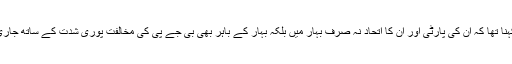
لالو یادو کا کہنا تھا کہ ان کی پارٹی اور ان کا اتحاد نہ صرف بہار میں بلکہ بہار کے باہر بھی بی جے پی کی مخالفت پوری شدت کے ساتھ جاری رکھے گا ۔